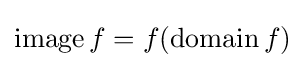
\operatorname  f=f(\operatorname {domain} f)